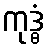
ကုဒ္ဓံ